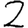
Digit: 2